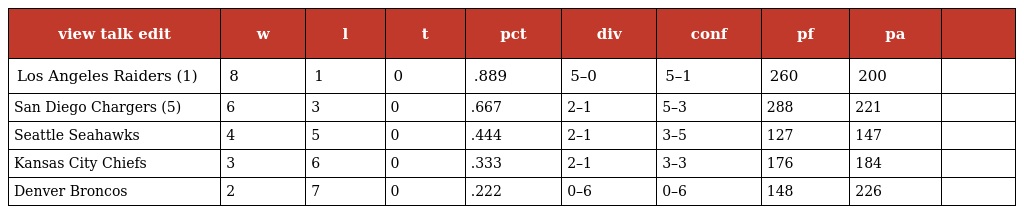
| view talk edit | w | l | t | pct | div | conf | pf | pa |  |
 | --- | --- | --- | --- | --- | --- | --- | --- | --- | --- |
 | Los Angeles Raiders (1) | 8 | 1 | 0 | .889 | 5–0 | 5–1 | 260 | 200 |  |
 | San Diego Chargers (5) | 6 | 3 | 0 | .667 | 2–1 | 5–3 | 288 | 221 |  |
 | Seattle Seahawks | 4 | 5 | 0 | .444 | 2–1 | 3–5 | 127 | 147 |  |
 | Kansas City Chiefs | 3 | 6 | 0 | .333 | 2–1 | 3–3 | 176 | 184 |  |
 | Denver Broncos | 2 | 7 | 0 | .222 | 0–6 | 0–6 | 148 | 226 |  |